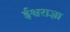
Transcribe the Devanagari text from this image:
ईश्वराज्ञा